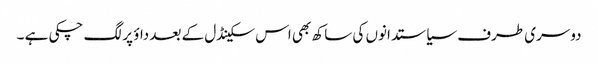
دوسری طرف سیاستدانوں کی ساکھ بھی اس سکینڈل کے بعد داؤ پر لگ چکی ہے ۔